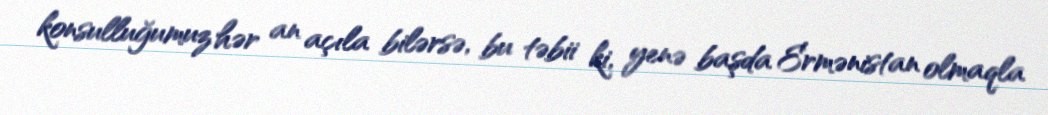
konsulluğumuz hər an açıla bilərsə, bu təbii ki, yenə başda Ermənistan olmaqla